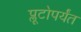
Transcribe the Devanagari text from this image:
प्लूटोपर्यंत